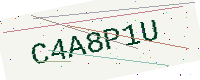
Text: C4A8P1U